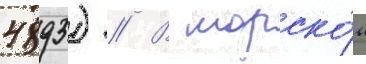
4893) // В морско́м